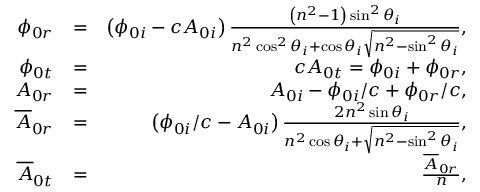
\begin{array} { r l r } { \phi _ { 0 r } } & { = } & { \left( \phi _ { 0 i } - c A _ { 0 i } \right) \frac { \left( n ^ { 2 } - 1 \right) \sin ^ { 2 } \theta _ { i } } { n ^ { 2 } \cos ^ { 2 } \theta _ { i } + \cos \theta _ { i } \sqrt { n ^ { 2 } - \sin ^ { 2 } \theta _ { i } } } , } \\ { \phi _ { 0 t } } & { = } & { c A _ { 0 t } = \phi _ { 0 i } + \phi _ { 0 r } , } \\ { A _ { 0 r } } & { = } & { A _ { 0 i } - \phi _ { 0 i } / c + \phi _ { 0 r } / c , } \\ { \overline { { A } } _ { 0 r } } & { = } & { \left( \phi _ { 0 i } / c - A _ { 0 i } \right) \frac { 2 n ^ { 2 } \sin \theta _ { i } } { n ^ { 2 } \cos \theta _ { i } + \sqrt { n ^ { 2 } - \sin ^ { 2 } \theta _ { i } } } , } \\ { \overline { { A } } _ { 0 t } } & { = } & { \frac { \overline { { A } } _ { 0 r } } { n } , } \end{array}